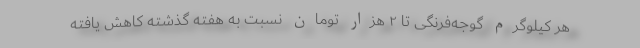
هر کیلوگرم گوجه‌فرنگی تا ۲ هزار تومان نسبت به هفته گذشته کاهش یافته